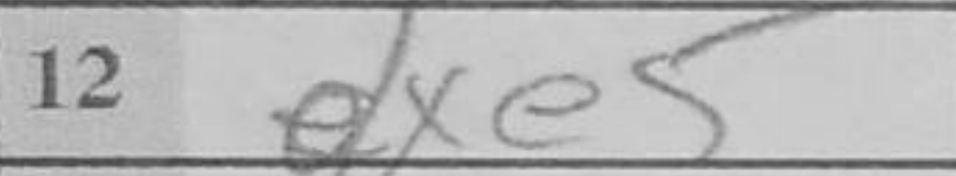
Transcription: dxe5